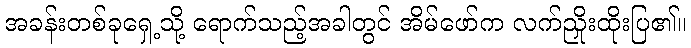
အခန်းတစ်ခုရှေ့သို့ ရောက်သည့်အခါတွင် အိမ်ဖော်က လက်ညှိုးထိုးပြ၏။